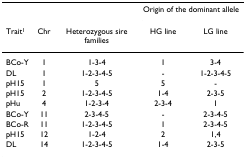
<table><thead><tr><td></td><td></td><td></td><td colspan="2"><b>Origin of the dominant allele</b></td></tr><tr><td><b>Trait<sup>1</sup></b></td><td><b>Chr</b></td><td><b>Heterozygous sire families</b></td><td><b>HG line</b></td><td><b>LG line</b></td></tr></thead><tbody><tr><td>BCo-Y</td><td>1</td><td>1-3-4</td><td>1</td><td>3-4</td></tr><tr><td>DL</td><td>1</td><td>1-2-3-4-5</td><td>-</td><td>1-2-3-4-5</td></tr><tr><td>pH15</td><td>1</td><td>5</td><td>5</td><td>-</td></tr><tr><td>pH15</td><td>2</td><td>1-2-3-4-5</td><td>1-4</td><td>2-3-5</td></tr><tr><td>pHu</td><td>4</td><td>1-2-3-4</td><td>2-3-4</td><td>1</td></tr><tr><td>BCo-Y</td><td>11</td><td>2-3-4-5</td><td>-</td><td>2-3-4-5</td></tr><tr><td>BCo-R</td><td>11</td><td>1-2-3-4-5</td><td>1</td><td>2-3-4-5</td></tr><tr><td>pH15</td><td>12</td><td>1-2-4</td><td>2</td><td>1,4</td></tr><tr><td>DL</td><td>14</td><td>1-2-3-4-5</td><td>1-4</td><td>2-3-5</td></tr></tbody></table>